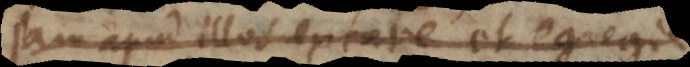
jam apud illos extare et egregie